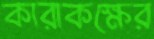
কারাকক্ষের